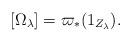
LaTeX: \begin{align*}[\Omega_{\lambda}] = \varpi_*(1_{Z_{\lambda}}).\end{align*}